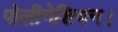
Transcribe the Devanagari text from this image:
पोलीनेशियन।